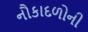
નૌકાદળોની